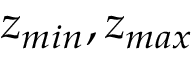
z _ { m i n } , z _ { m a x }